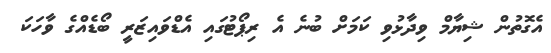
އެގޮތުން ޝިޔާމް ވިދާޅުވި ކަމަށް ބުނެ އެ ރިޕޯޓުގައި އެޑްވައިޒަރީ ބޯޑެއްގެ ވާހަކަ